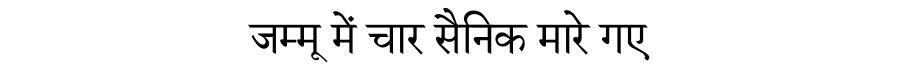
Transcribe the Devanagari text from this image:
जम्मू में चार सैनिक मारे गए